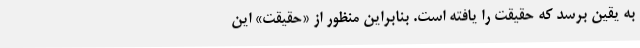
به یقین برسد که حقیقت را یافته است. بنابراین منظور از «حقیقت» این